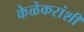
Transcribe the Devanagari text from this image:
केळेकरांशी